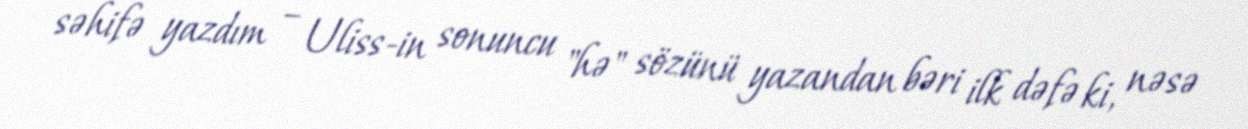
səhifə yazdım – Uliss-in sonuncu "hə" sözünü yazandan bəri ilk dəfə ki, nəsə